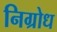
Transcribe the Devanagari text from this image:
निग्रोध